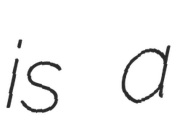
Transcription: is a